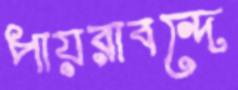
পায়রাবন্দে